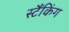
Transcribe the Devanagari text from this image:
स्टैंकिंग